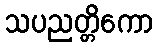
သပညတ္တိကော